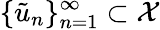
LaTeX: \{ \tilde{u}_{n}\} _{n=1}^{\infty}\subset\mathcal X